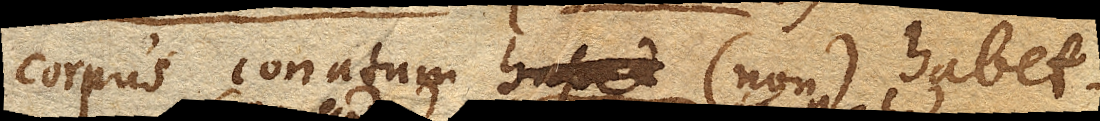
corpus conatum (non) habet.